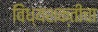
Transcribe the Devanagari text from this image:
विंध्यशक्तीचा